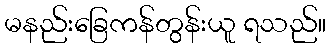
မနည်းခြေကန်တွန်းယူ ရသည်။